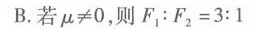
B.若$$μ ≠ 0$$，则$$F _ { 1 } : F _ { 2 } = 3 : 1$$